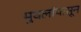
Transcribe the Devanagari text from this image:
मुघलांपासून